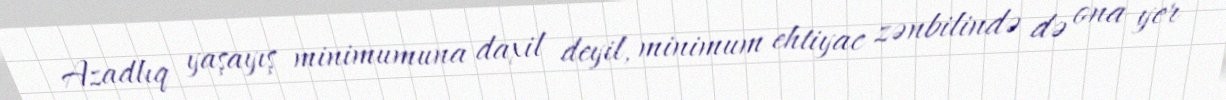
Azadlıq yaşayış minimumuna daxil deyil, minimum ehtiyac zənbilində də ona yer